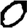
Digit: 0